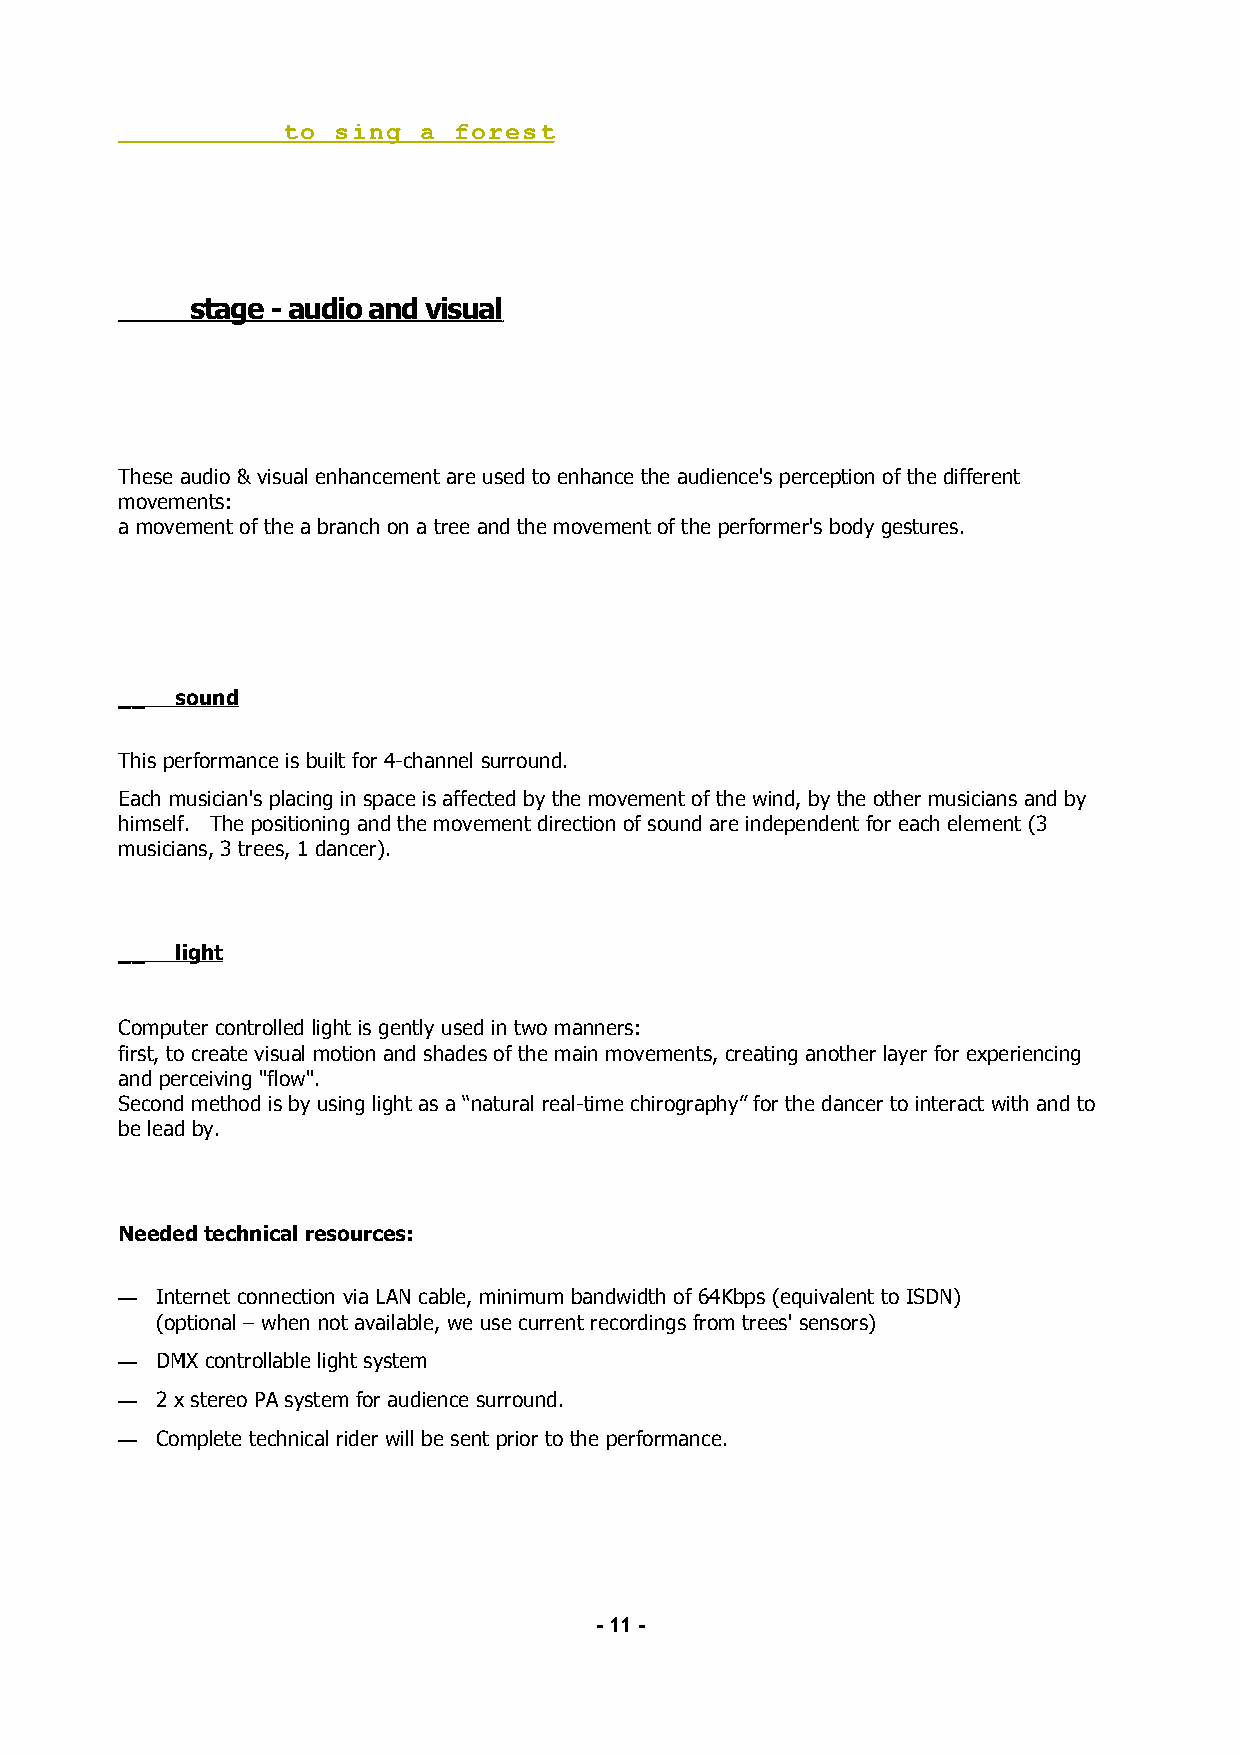
t o sing a forest
 s tage - audio and visual
 These audio & visual enhancement are used to enhance the audience's perception of the different
 movements:
 a movement of the a branch on a tree and the movement of the performer's body gestures.
 __  sound
 This performance is built for 4-channel surround.
 Each musician's placing in space is affected by the movement of the wind, by the other musicians and by
 himself. The positioning and the movement direction of sound are independent for each element (3
 musicians, 3 trees, 1 dancer).
 __  light
 Computer controlled light is gently used in two manners:
 first, to create visual motion and shades of the main movements, creating another layer for experiencing
 and perceiving "flow".
 Second method is by using light as a “natural real-time chirography” for the dancer to interact with and to
 be lead by.
 Needed technical resources:
 — Internet connection via LAN cable, minimum bandwidth of 64Kbps (equivalent to ISDN)
 (optional – when not available, we use current recordings from trees' sensors)
 — DMX controllable light system
 — 2 x stereo PA system for audience surround.
 — Complete technical rider will be sent prior to the performance.
 - 11 -